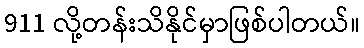
911 လို့တန်းသိနိုင်မှာဖြစ်ပါတယ်။